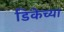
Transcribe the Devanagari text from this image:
डिकेच्या